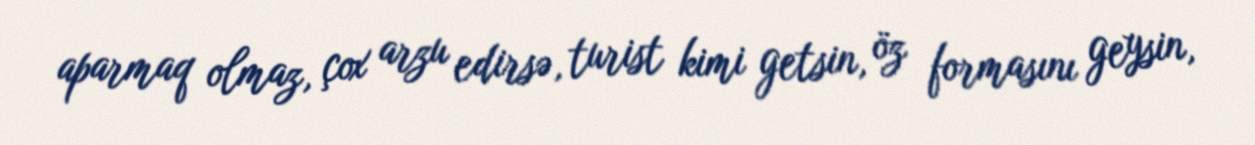
aparmaq olmaz, çox arzu edirsə, turist kimi getsin, öz formasını geysin,